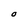
Character: O